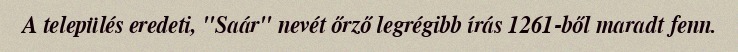
A település eredeti, "Saár" nevét őrző legrégibb írás 1261-ből maradt fenn.